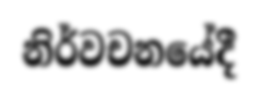
නිර්වචනයේදී